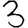
Digit: 3